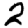
Digit: 2